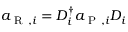
a _ { \mathrm { ~ R ~ } , i } = D _ { i } ^ { \dagger } a _ { \mathrm { ~ P ~ } , i } D _ { i }